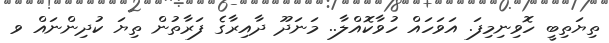
ތިޔަތިބީ ހޮވިނިމިފަ. އަވަހައް ހުވާކޮއްލާ.. މަނަދޫ ދާއިރާގެ ފަރާތުން ތިޔަ ކުދިންނައް ވ